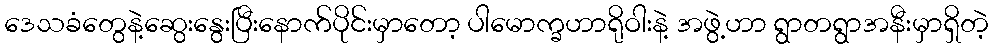
ဒေသခံတွေနဲ့ဆွေးနွေးပြီးနောက်ပိုင်းမှာတော့ ပါမောက္ခဟာရိုဝါးနဲ့ အဖွဲ့ဟာ ရွာတရွာအနီးမှာရှိတဲ့